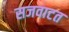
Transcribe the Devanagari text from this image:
सजवाटत